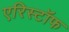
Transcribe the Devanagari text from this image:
एरिस्टॉफ